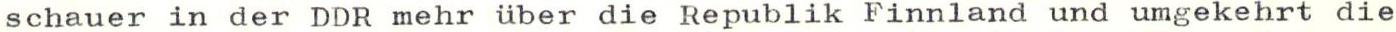
schauer in der DDR mehr über die Republik Finnland und umgekehrt die